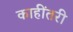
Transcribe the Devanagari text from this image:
काहींतरी